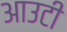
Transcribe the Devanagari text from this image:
आउटी